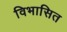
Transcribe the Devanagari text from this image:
विभासित